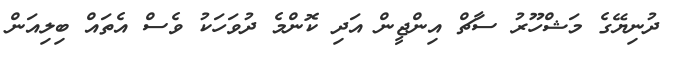
ދުނިޔޭގެ މަޝްހޫރު ސާޗް އިންޖީން އަދި ކޮންމެ ދުވަހަކު ވެސް އެތައް ބިލިއަން